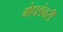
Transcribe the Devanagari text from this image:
मेघडंबरी